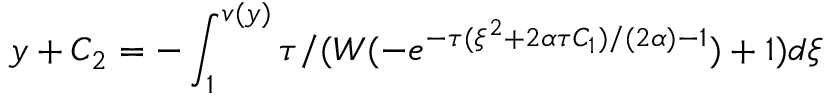
y + C _ { 2 } = - \int _ { 1 } ^ { v ( y ) } \tau / ( W ( - e ^ { - \tau ( \xi ^ { 2 } + 2 \alpha \tau C _ { 1 } ) / ( 2 \alpha ) - 1 } ) + 1 ) d \xi